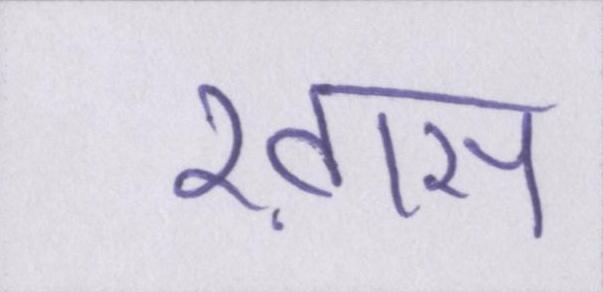
ख़ास